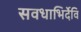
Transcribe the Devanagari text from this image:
सवधाभिर्देवि